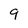
Character: 9